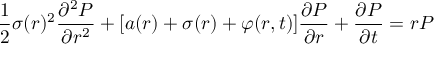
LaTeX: { \frac { 1 } { 2 } } \sigma ( r ) ^ { 2 } { \frac { \partial ^ { 2 } P } { \partial r ^ { 2 } } } + [ a ( r ) + \sigma ( r ) + \varphi ( r , t ) ] { \frac { \partial P } { \partial r } } + { \frac { \partial P } { \partial t } } = r P